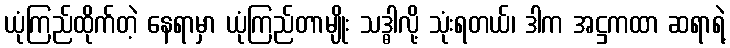
ယုံကြည်ထိုက်တဲ့ နေရာမှာ ယုံကြည်တာမျိုး သဒ္ဓါလို့ သုံးရတယ်၊ ဒါက အဋ္ဌကထာ ဆရာရဲ့